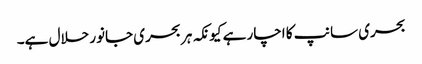
بحری سانپ کا اچار ہے کیونکہ ہر بحری جانور حلال ہے۔